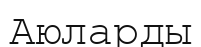
Аюларды